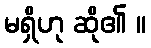
မရှိဟု ဆို၏ ။